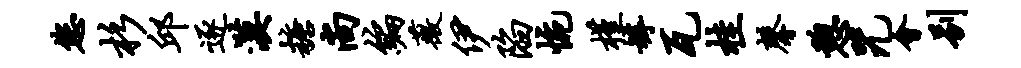
您杉邱逐漠糖尚编薇伊陷惋槿罅瓦桂馨憩咒会别